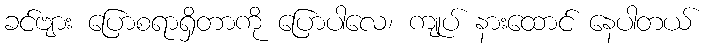
ခင်ဗျား ပြောစရာရှိတာကို ပြောပါလေ၊ ကျုပ် နားထောင် နေပါတယ်